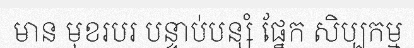
មាន មុខរបរ បន្ទាប់បន្សំ ផ្នែក សិប្បកម្ម